Vaccination in the Punjab 1919-1929 - 1919-1929
Year: 1919
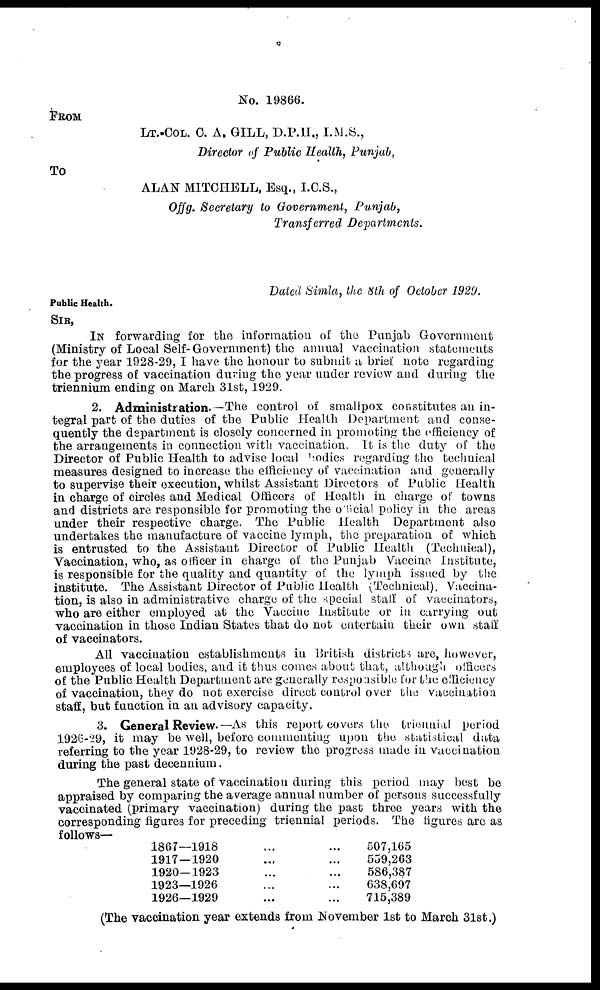
No. 19866.
FROM
LT.-COL. C. A. GILL, D.P.H., I.M.S.,
Director of Public Health, Punjab,
To
ALAN MITCHELL, Esq., I.C.S.,
Offg. Secretary to Government, Punjab,
Transferred Departments.
Dated Simla, the 8th of October 1929.
Public Health.
SIR,
IN forwarding for the information of the Punjab Government
(Ministry of Local Self-Government) the annual vaccination statements
for the year 1928-29, I have the honour to submit a brief note regarding
the progress of vaccination during the year under review and during the
triennium ending on March 31st, 1929.
2. Administration.—The control of smallpox constitutes an in-
tegral part of the duties of the Public Health Department and conse-
quently the department is closely concerned in promoting the efficiency of
the arrangements in connection with vaccination. It is the duty of the
Director of Public Health to advise local bodies regarding the technical
measures designed to increase the efficiency of vaccination and generally
to supervise their execution, whilst Assistant Directors of Public Health
in charge of circles and Medical Officers of Health in charge of towns
and districts are responsible for promoting the official policy in the areas
under their respective charge. The Public Health Department also
undertakes the manufacture of vaccine lymph, the preparation of which
is entrusted to the Assistant Director of Public Health (Technical),
Vaccination, who, as officer in charge of the Punjab Vaccine Institute,
is responsible for the quality and quantity of the lymph issued by the
institute. The Assistant Director of Public Health (Technical). Vaccina-
tion, is also in administrative charge of the special staff of vaccinators,
who are either employed at the Vaccine Institute or in carrying out
vaccination in those Indian States that do not entertain their own staff
of vaccinators.
All vaccination establishments in British districts are, however,
employees of local bodies, and it thus comes about that, although officers
of the Public Health Department are generally responsible for the efficiency
of vaccination, they do not exercise direct control over the vaccination
staff, but function in an advisory capacity.
3. General Review.—As this report covers the triennial period
1926-29, it may be well, before commenting upon the statistical data
referring to the year 1928-29, to review the progress made in vaccination
during the past decennium.
The general state of vaccination during this period may best be
appraised by comparing the average annual number of persons successfully
vaccinated (primary vaccination) during the past three years with the
corresponding figures for preceding triennial periods. The figures are as
follows—
1867—1918 ... ...
1917 — 1920 ... ...
1920—1923 ... ...
1923—1926 ... ...
1926—1929 ... ...
507,165
559,263
586,387
638,697
715,389
(The vaccination year extends from November 1st to March 31st.)